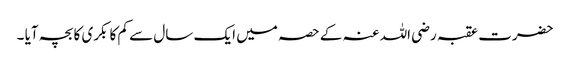
حضرت عقبہ رضی اللہ عنہ کے حصہ میں ایک سال سے کم کا بکری کا بچہ آیا ۔